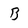
Character: B